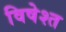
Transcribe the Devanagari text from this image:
विषेश्त